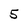
Character: 5